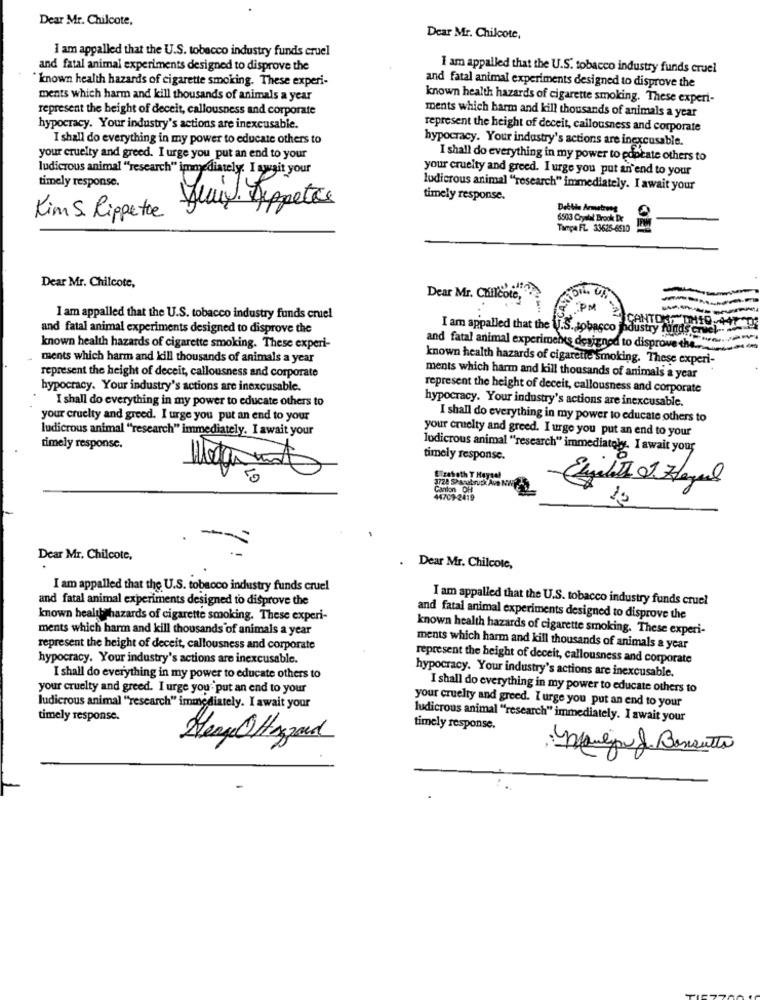
Dear Mr. Chilcote,
Dear Mr. Chilcote.
I am appalled that the U.S. tobacco industry funds cruel
and fatal animal experiments designed to disprove the
I am appalled that the U.S. tobacco industry funds cruel
*known health hazards of cigarette smoking. These experi-
and fatal animal experiments designed to disprove the
ments which harm and kill thousands of animals a year
known health hazards of cigarette smoking. These experi-
represent the height of deceit, callousness and corporate
ments which harm and kill thousands of animals a year
hypocracy. Your industry's actions are inexcusable.
represent the height of deceit, callousness and corporate
I shall do everything in my power to educate others to
hypocracy. Your industry's actions are inexcusable.
your cruelty and greed. I urge you put an end to your
I shall do everything in my power to educate others to
ludicrous animal "research" immediately. I await your
your cruelty and greed. I urge you put an end to your
timely response.
ludicrous animal "research" immediately. I await your
timely response.
Jean. Appetite
Debitila Armstrong
Kim . Rippetoe
6503 Crystal Brook De
Tampa FL. 33625-6510
0 1
Dear Mr. Chilcote,
Dear Mr. Chilcote,
PM
I am appalled that the U.S. tobacco industry funds cruel
and fatal animal experiments designed to disprove the
I am appalled that the U.S. tobacco industry funds
known health hazards of cigarette smoking. These experi-
and fatal animal experiments designed to disprove the ..
ments which harm and kill thousands of animals a year
known health hazards of cigarette Smoking. These experi-
represent the height of deceit, callousness and corporate
ments which harm and kill thousands of animals a year
hypocracy. Your industry's actions are inexcusable.
represent the height of deceit, callousness and corporate
I shall do everything in my power to educate others to
hypocracy. Your industry's actions are inexcusable.
your cruelty and greed. I urge you put an end to your
I shall do everything in my power to educate others to
ludicrous animal "research" immediately. I await your
your cruelty and greed. I urge you put an end to your
timely response.
ludicrous animal ""research" immediately. I await your
timely response.
ETzaboth T Haysel
1728 SParabruck Ave Ni
Canton OH
44709-2419
Dear Mr. Chilcote,
Dear Mr. Chilcotc,
I am appalled that the U.S. tobacco industry funds cruel
and fatal animal experiments designed to disprove the
I am appalled that the U.S. tobacco industry funds cruel
known health hazards of cigarette smoking. These experi-
and fatal animal experiments designed to disprove the
ments which harm and kill thousands of animals a year
known health hazards of cigarette smoking. These experi-
represent the height of deceit, callousness and corporate
ments which harm and kill thousands of animals a year
hypocracy. Your industry's actions are inexcusable.
represent the height of deceit, callousness and corporate
I shall do everything in my power to educate others to
hypocracy. Your industry's actions are inexcusable.
your cruelty and greed. I urge you put an end to your
I shall do everything in my power to educate others to
your cruelty and greed. I urge you put an end to your
ludicrous animal "research" immediately. I await your
timely response.
ludicrous animal ""research" immediately. I await your
timely response.
HerzeOHazzard
, maneja J Bansutto